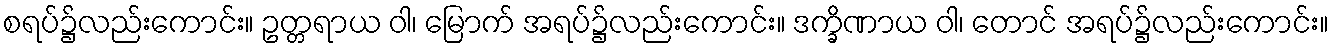
စရပ်၌လည်းကောင်း။ ဥတ္တရာယ ဝါ၊ မြောက် အရပ်၌လည်းကောင်း။ ဒက္ခိဏာယ ဝါ၊ တောင် အရပ်၌လည်းကောင်း။